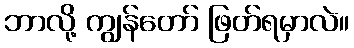
ဘာလို့ ကျွန်တော် ဖြတ်ရမှာလဲ။